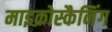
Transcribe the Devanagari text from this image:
माइक्रोस्कैनिंग